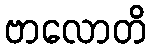
ဗာလောတိ